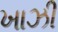
ખાઝી